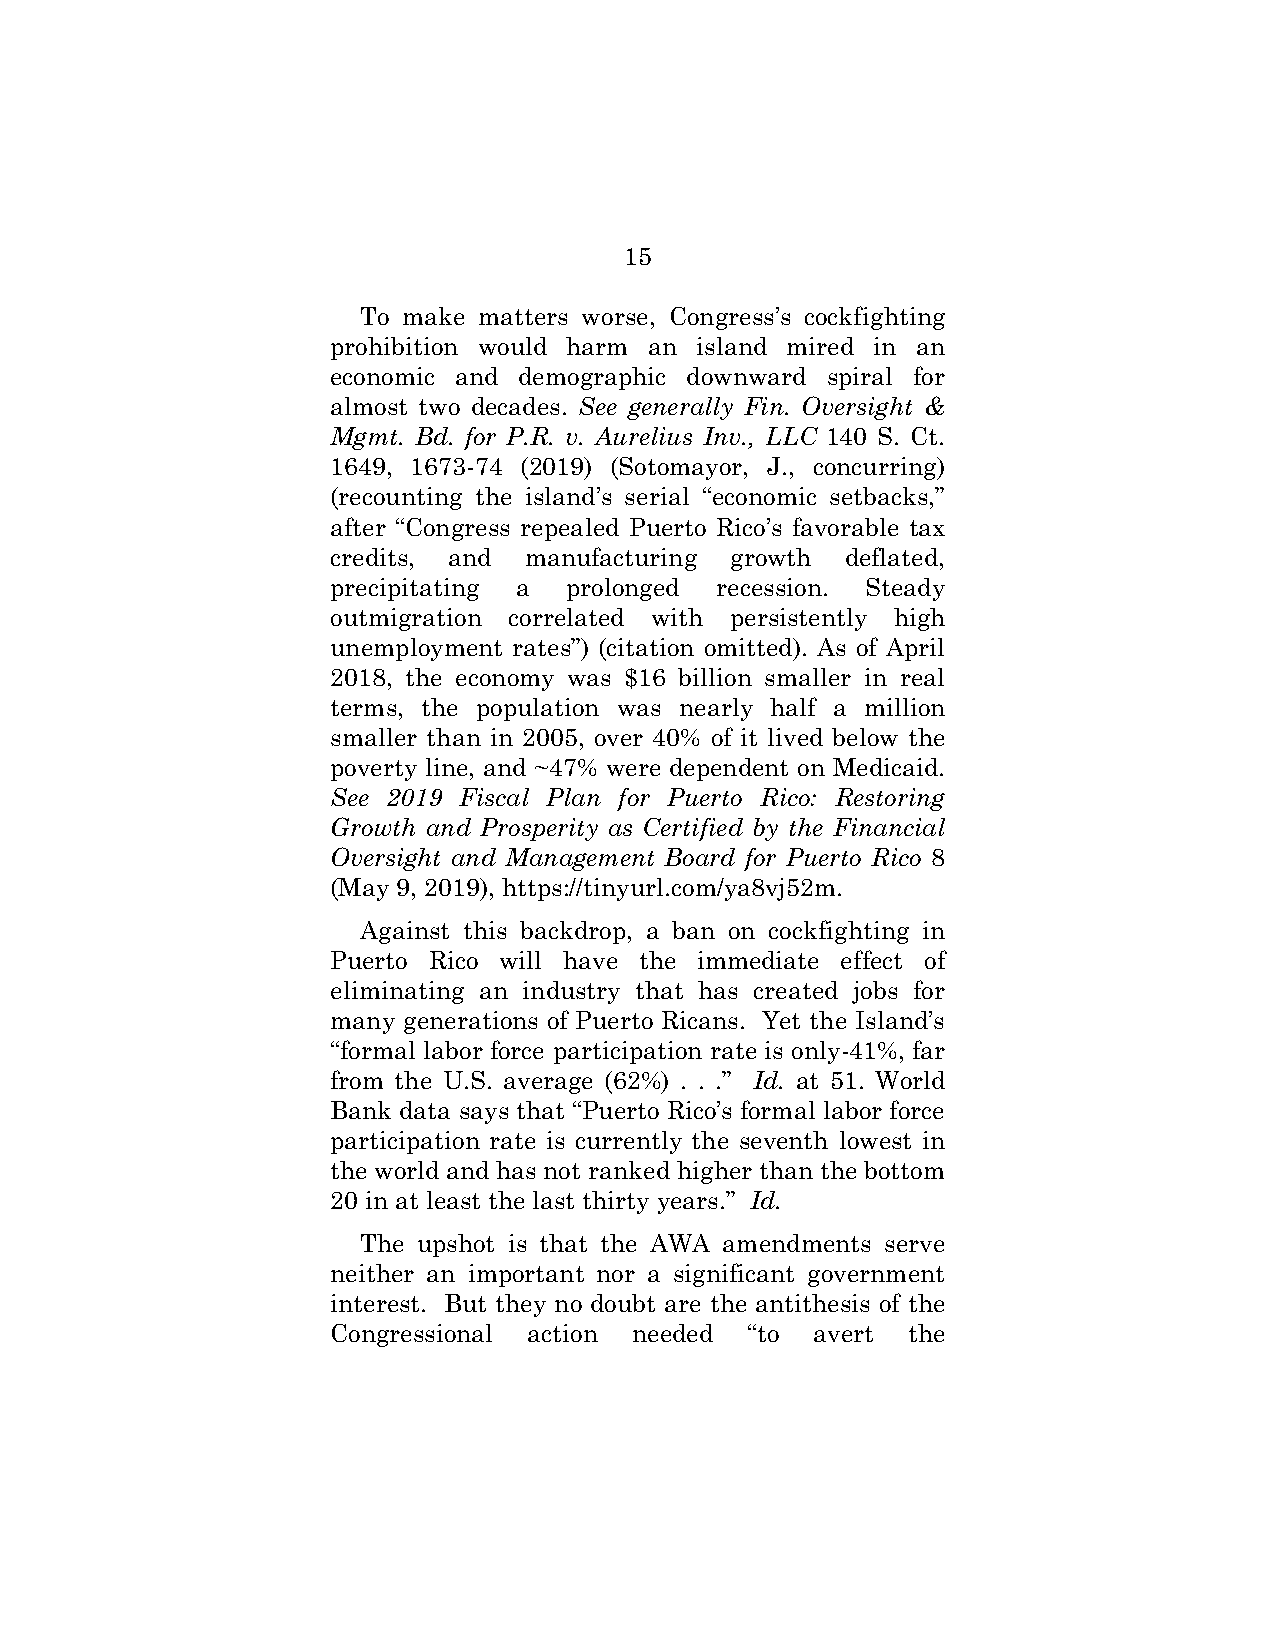
15
 To make matters worse, Congress’s cockfighting
 prohibition would harm an island mired in an
 economic and demographic downward spiral for
 almost two decades. See generally Fin. Oversight &
 Mgmt. Bd. for P.R. v. Aurelius Inv., LLC 140 S. Ct.
 1649, 1673-74 (2019) (Sotomayor, J., concurring)
 (recounting the island’s serial “economic setbacks,”
 after “Congress repealed Puerto Rico’s favorable tax
 credits, and manufacturing growth deflated,
 precipitating a prolonged recession. Steady
 outmigration correlated with persistently high
 unemployment rates”) (citation omitted). As of April
 2018, the economy was $16 billion smaller in real
 terms, the population was nearly half a million
 smaller than in 2005, over 40% of it lived below the
 poverty line, and ~47% were dependent on Medicaid.
 See 2019 Fiscal Plan for Puerto Rico: Restoring
 Growth and Prosperity as Certified by the Financial
 Oversight and Management Board for Puerto Rico 8
 (May 9, 2019), https://tinyurl.com/ya8vj52m.
 Against this backdrop, a ban on cockfighting in
 Puerto Rico will have the immediate effect of
 eliminating an industry that has created jobs for
 many generations of Puerto Ricans. Yet the Island’s
 “formal labor force participation rate is only-41%, far
 from the U.S. average (62%) . . .” Id. at 51. World
 Bank data says that “Puerto Rico’s formal labor force
 participation rate is currently the seventh lowest in
 the world and has not ranked higher than the bottom
 20 in at least the last thirty years.” Id.
 The upshot is that the AWA amendments serve
 neither an important nor a significant government
 interest. But they no doubt are the antithesis of the
 Congressional action needed “to avert the